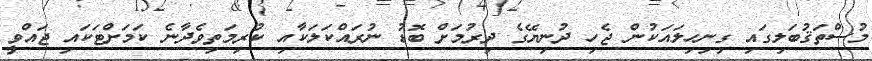
މުސްތަޤުބަލިގައި ގިނިހިލައަކުން ޖެހި ދުނިޔޭގެ ދިރުމަށް ބޮޑު ނުރައްކަލަކާއި ކުރިމަތިވެދާނެ ކަމަށްޓަކައި ޖައްވީ